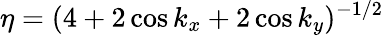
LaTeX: \eta=(4+2\cos{k_{x}}+2\cos{k_{y}})^{-1/2}